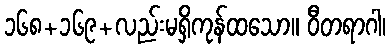
၁၆၈+၁၆၉+လည်းမရှိကုန်ထသော။ ဝီတရာဂါ၊